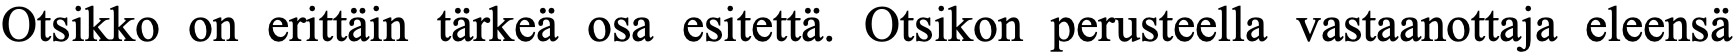
Otsikko on erittäin tärkeä osa esitettä. Otsikon perusteella vastaanottaja eleensä